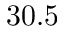
3 0 . 5